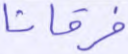
فرقانا